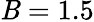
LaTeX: \mathit{B}=1.5